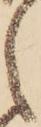
之